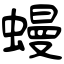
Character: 蟃